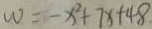
w = - x ^ { 2 } + 7 x + 4 8